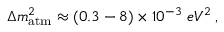
\Delta m _ { \mathrm { { a t m } } } ^ { 2 } \approx ( 0 . 3 - 8 ) \times 1 0 ^ { - 3 } \, \, { e V ^ { 2 } } \, ,